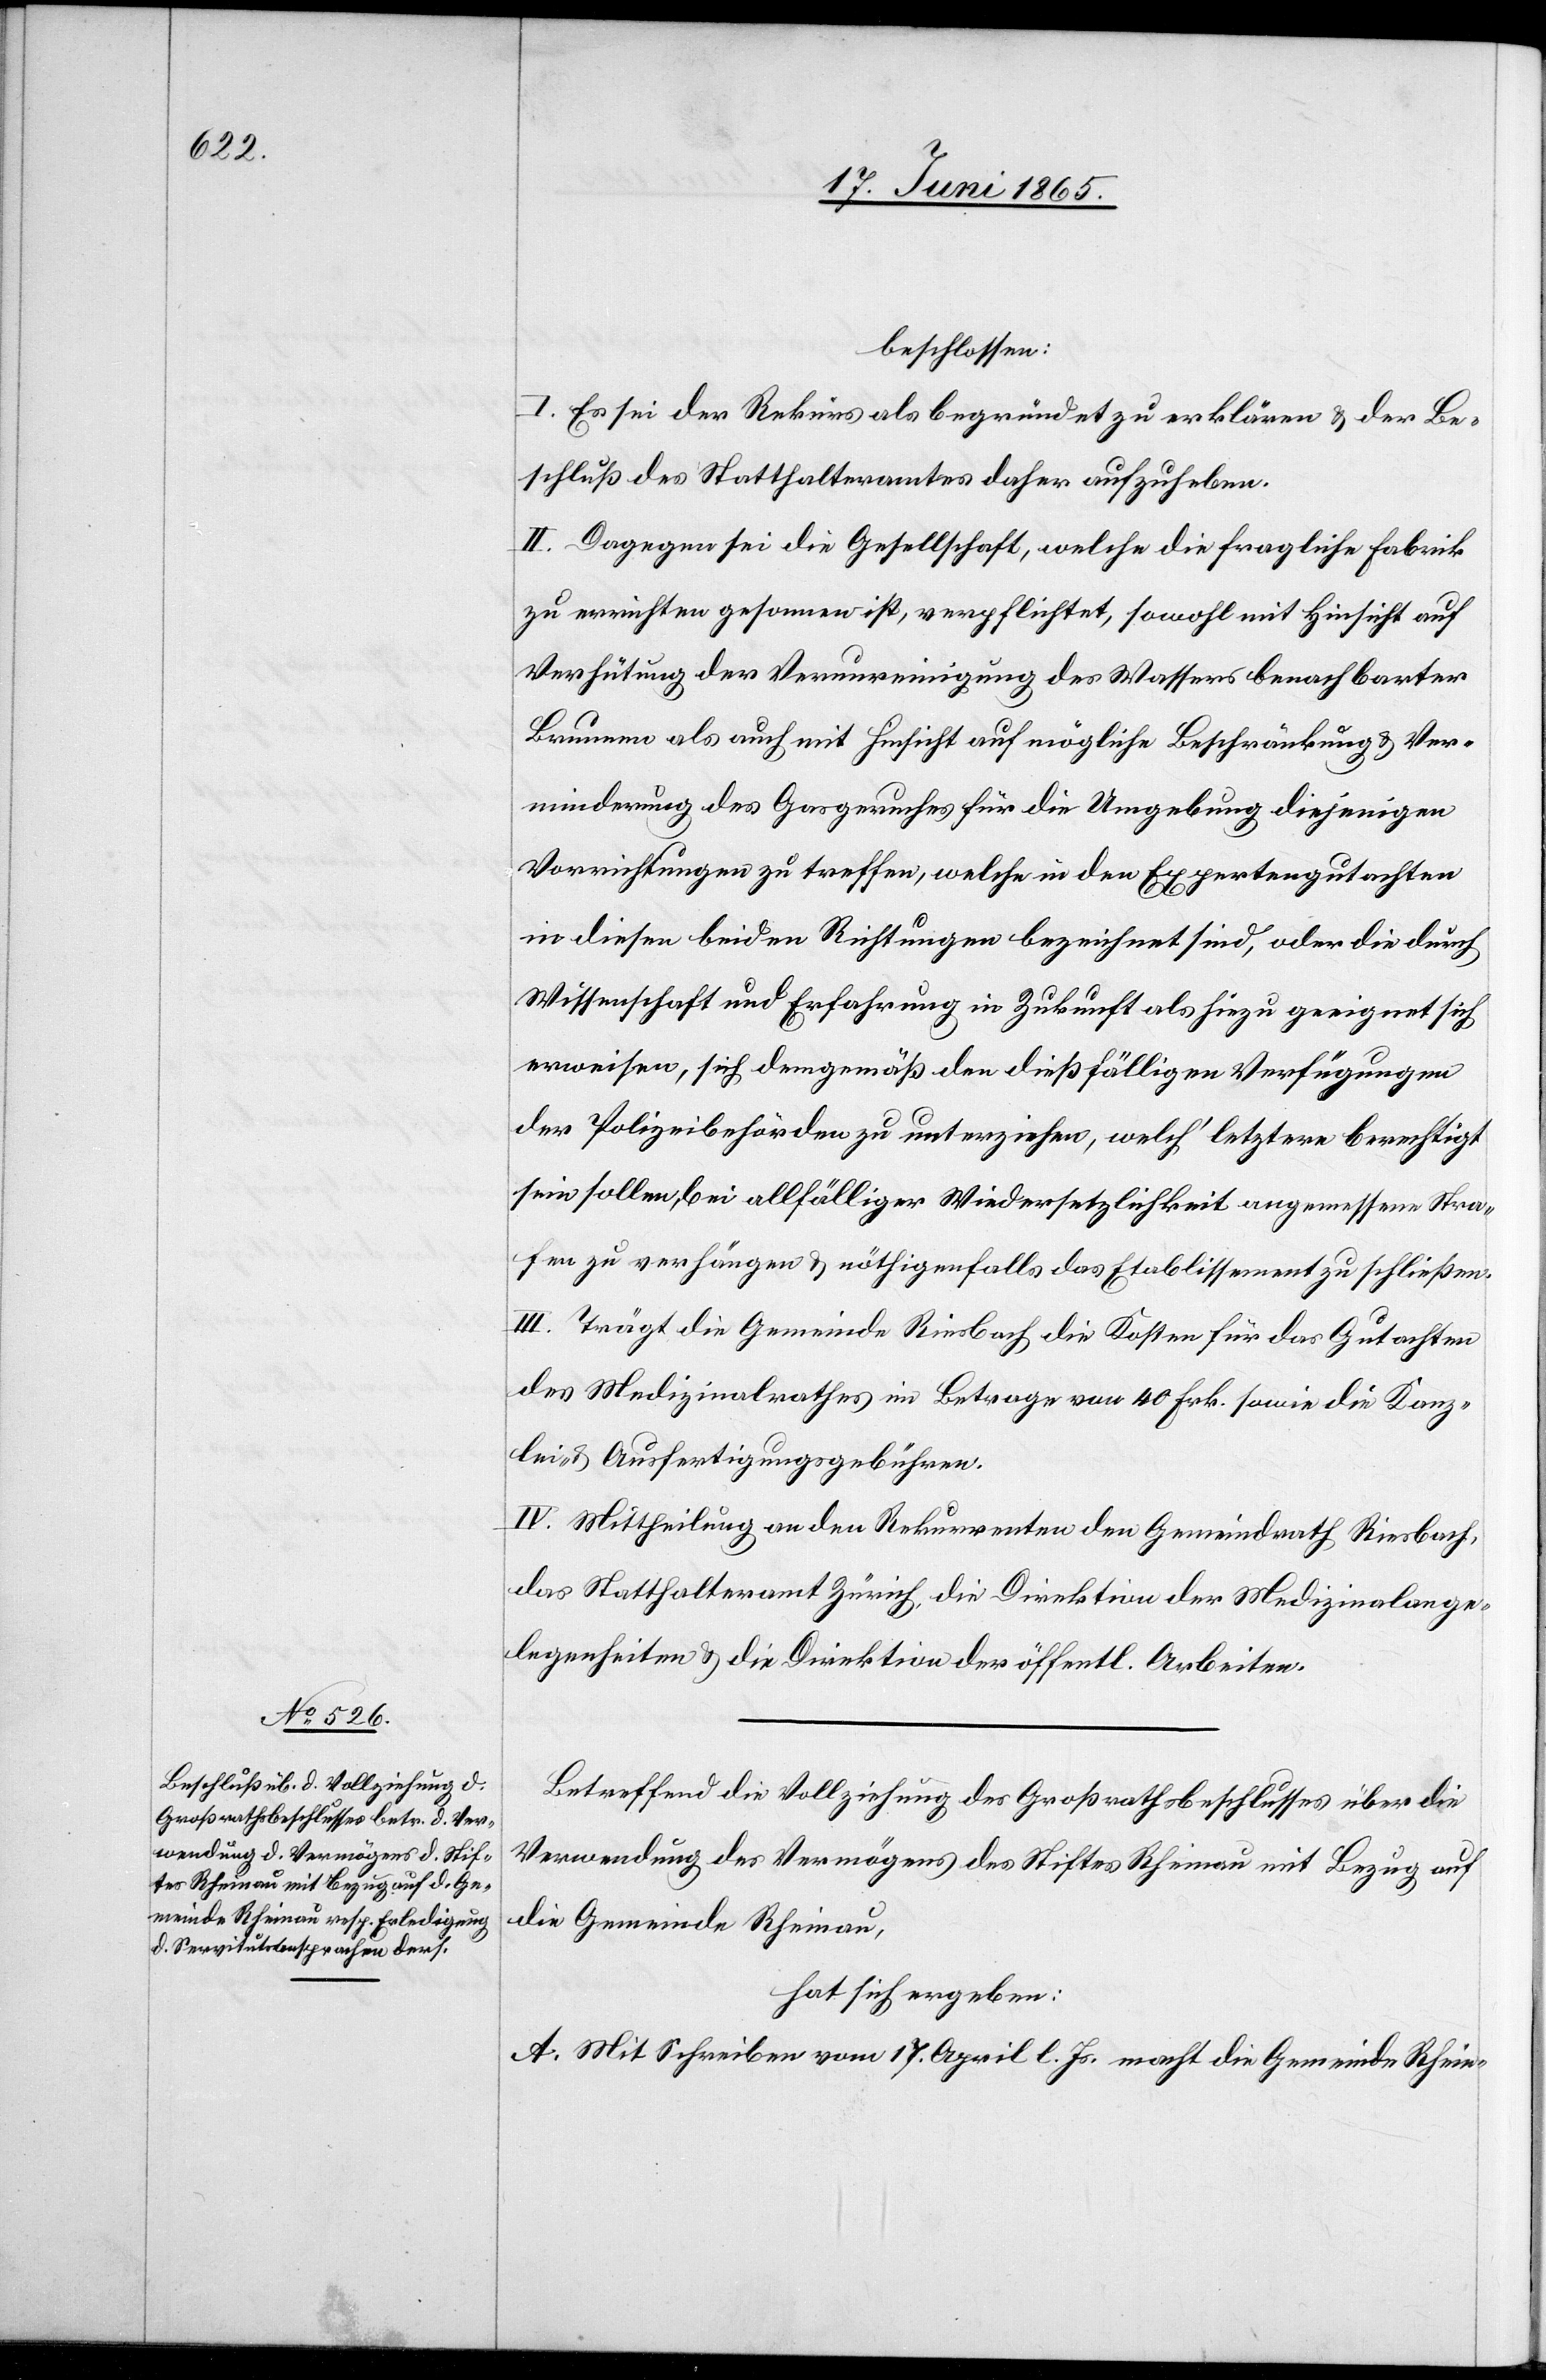
beschlossen:
I. Es sei der Rekurs als begründet zu erklären & der Be¬
schluß des Statthalteramtes daher aufzuheben.
II. Dagegen sei die Gesellschaft, welche die fragliche Fabrik
zu errichten gesonnen ist, verpflichtet, sowohl mit Hinsicht auf
Verhütung der Verunreinigung des Wassers benachbarter
Brunnen als auch mit Hinsicht auf mögliche Beschränkung & Ver¬
minderung des Gasgeruches für die Umgebung diejenigen
Vorrichtungen zu treffen, welche in den Expertengutachten
in diesen beiden Richtungen bezeichnet sind, oder die durch
Wissenschaft und Erfahrung in Zukunft als hiezu geeignet sich
erweisen, sich demgemäß den dießfälligen Verfügungen
der Polizeibehörden zu unterziehen, welch’ letztere berechtigt
sein sollen, bei allfälliger Wiedersetzlichkeit angemessene Stra¬
fen zu verhängen & nöthigenfalls das Etablissement zu schließen.
III. Trägt die Gemeinde Riesbach die Kosten für das Gutachten
des Medizinalrathes im Betrage von 40 Frk. sowie die Kanz¬
lei- & Ausfertigungsgebühren.
IV. Mittheilung an den Rekurrenten[,] den Gemeindrath Riesbach,
das Statthalteramt Zürich, die Direktion der Medizinalange¬
legenheiten & die Direktion der öffentl. Arbeiten.
Betreffend die Vollziehung des Großrathsbeschlusses über die
Verwendung des Vermögens des Stiftes Rheinau mit Bezug auf
die Gemeinde Rheinau,
hat sich ergeben:
A. Mit Schreiben vom 17. April l. Js. macht die Gemeinde Rhein-